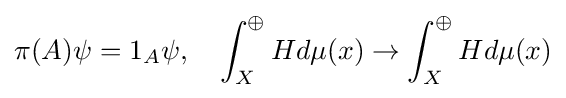
\pi (A)\psi =1_{A}\psi ,\quad \int _{X}^{\oplus }Hd\mu (x)\rightarrow \int _{X}^{\oplus }Hd\mu (x)